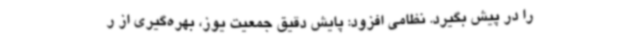
را در پیش بگیرد. نظامی افزود: پایش دقیق جمعیت یوز، بهره‌گیری از ر